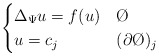
\begin{align*}\begin{cases} \Delta_{\Psi} u = f(u) & \O \\ u = c_{j} & (\partial \O )_{j}\end{cases}\end{align*}